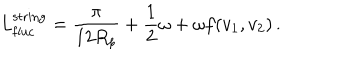
LaTeX: L _ { \mathrm { f l u c } } ^ { \mathrm { s t r i n g } } = \frac { \pi } { 1 2 R _ { p } } + \frac { 1 } { 2 } \omega + \omega f ( v _ { 1 } , v _ { 2 } ) \, .